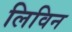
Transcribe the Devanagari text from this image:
लिविन